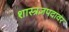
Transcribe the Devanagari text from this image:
शास्त्रज्ञपदावर